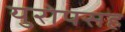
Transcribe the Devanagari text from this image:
युरोपसह